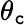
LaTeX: \theta_{\mathtt{c}}